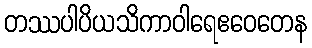
တဿပါပိယသိကာဝါရေဧဝေတေန